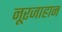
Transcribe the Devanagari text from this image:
नूरजाहान